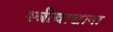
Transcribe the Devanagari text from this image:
स्त्रीवाद्याना